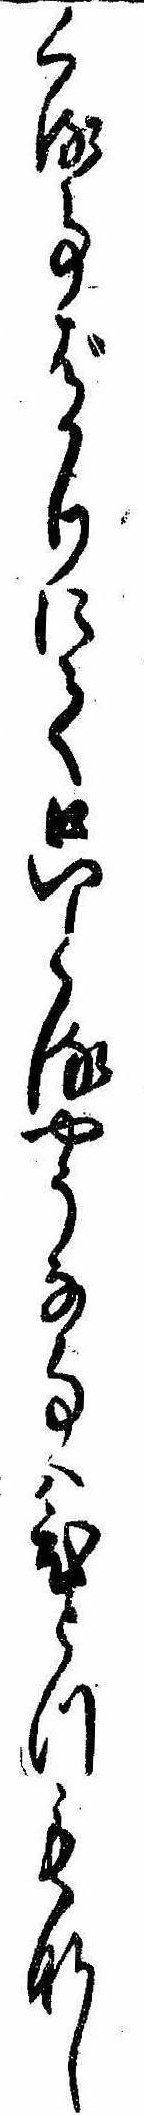
くる事ばかりにて只とるやうな事はひとつもなし